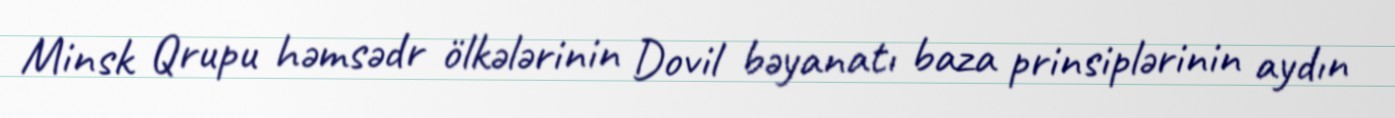
Minsk Qrupu həmsədr ölkələrinin Dovil bəyanatı baza prinsiplərinin aydın